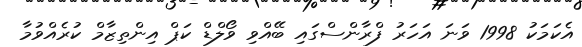
އެކަމަކު 1998 ވަނަ އަހަރު ފްރާންސްގައި ބޭއްވި ވޯލްޑް ކަޕް އިންތިޒާމް ކުރެއްވުމާ